Sketch of the medical history of the native army of Bombay, for the year
Year: 1872
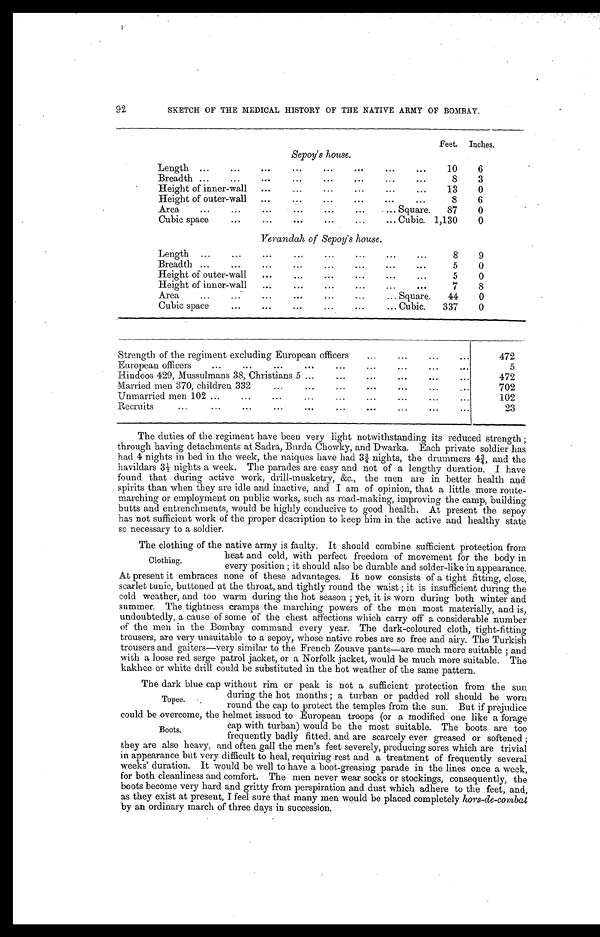
SKETCH OF THE MEDICAL HISTORY OF THE NATIVE ARMY OF BOMBAY.
Feet.
Inches.
Sepoy's house.
Length . . .
. . .
10
6
Breadth . . .
. . .
8
3
Height of inner-wall . . .
. . .
13
0
H e i g h t o f o u t e r - w a l l . . .
. . .
8
6
Area . . .
Square.
87
0
Cubic space . . .
Cubic.
1,130
0
Verandah of Sepoy's house.
Length . . .
. . .
8
9
Breadth . . .
. . .
5
0
Height of outer-wall . . .
. . .
5
0
Height of inner-wall . . .
. . .
7
8
A r e a . . .
Square.
44
0
Cubic space . . .
Cubic.
337
0
Strength of the regiment excluding European officers . . .
472
European officers . . .
5
472
• M a r r i e d m e n 3 7 0 , c h i l d r e n 3 3 2 . . .
702
Unmarried men 102 . . .
102
2 3
The duties of the regiment have been very light notwithstanding its reduced strength;
through having detachments at Sadra, Burda Chowky, and Dwarka. Each private soldier has
had 4 nights in bed in the week, the naiques have had 3¾ nights, the drummers 4¾, and the
havildars 3½ nights a week. The parades are easy and not of a lengthy duration. I have
found that during active work, drill-musketry, &c., the men are in better health and
spirits than when they are idle and inactive, and I am of opinion, that a little more route
-
marching or employment on public works, such as road-making, improving the camp, building
butts and entrenchments, would be highly conducive to good health. At present the sepoy
has not sufficient work of the proper description to keep him in the active and healthy state
so necessary to a soldier.
The clothing of the native army is faulty. It should combine sufficient protection from
beat and cold, with perfect freedom of movement for the body in
every position; it should also be durable and solder-like in appearance.
At present it embraces none of these advantages. It now consists of a tight fitting, close,
scarlet tunic, buttoned at the throat, and tightly round the waist; it is insufficient during the
cold weather, and too warm during the hot season; yet, it is worn during both winter and
summer. The tightness cramps the marching powers of the men most materially, and is,
undoubtedly, a cause of some of the chest affections which carry off a considerable numbe
r
of the men in the Bombay command every year. The dark-coloured cloth, tight-fitting
trousers, are very unsuitable to a sepoy, whose native robes are so free and airy. The Turkish
trousers and gaiters—very similar to the French Zouave pants—are much more suitable; and
with a loose red serge patrol jacket, or a Norfolk jacket, would be much more suitable. The
kakhee or white drill could be substituted in the hot weather of the same pattern.
The dark blue cap without rim or peak is not a sufficient protection from the sun
during the hot months; a turban or padded roll should be worn
round the cap to protect the temples from the sun. But if prejudice
could be overcome, the helmet issued to European troops (or a modified one like a forage
cap with turban) would be the most suitable. The boots are too
frequently badly fitted, and are scarcely ever greased or softened;
they are also heavy, and often gall the men's feet severely, producing sores which are trivial
in appearance but very difficult to heal, requiring rest and a treatment of frequently several
weeks' duration. It would be well to have a boot-greasing parade in the lines once a week,
for both cleanliness and comfort. The men never wear socks or stockings, consequently, the
boots become very hard and gritty from perspiration and dust which adhere to the feet, and,
as they exist at present, I feel sure that many men would be placed completely hors-de-combat
by an ordinary march of three days in succession.
92
Clothing.
Topee.
Boots.